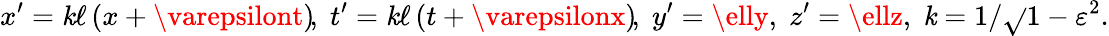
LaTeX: x^{\prime}=\mathit{k}\ell\left(x+\varepsilont\right)\! ,\; t^{\prime}=\mathit{k}\ell\left(t+\varepsilonx\right)\! ,\; y^{\prime}=\elly,\; z^{\prime}=\ellz,\; \mathit{k}=1/{\sqrt{}{{1-\varepsilon^{2}}}}.